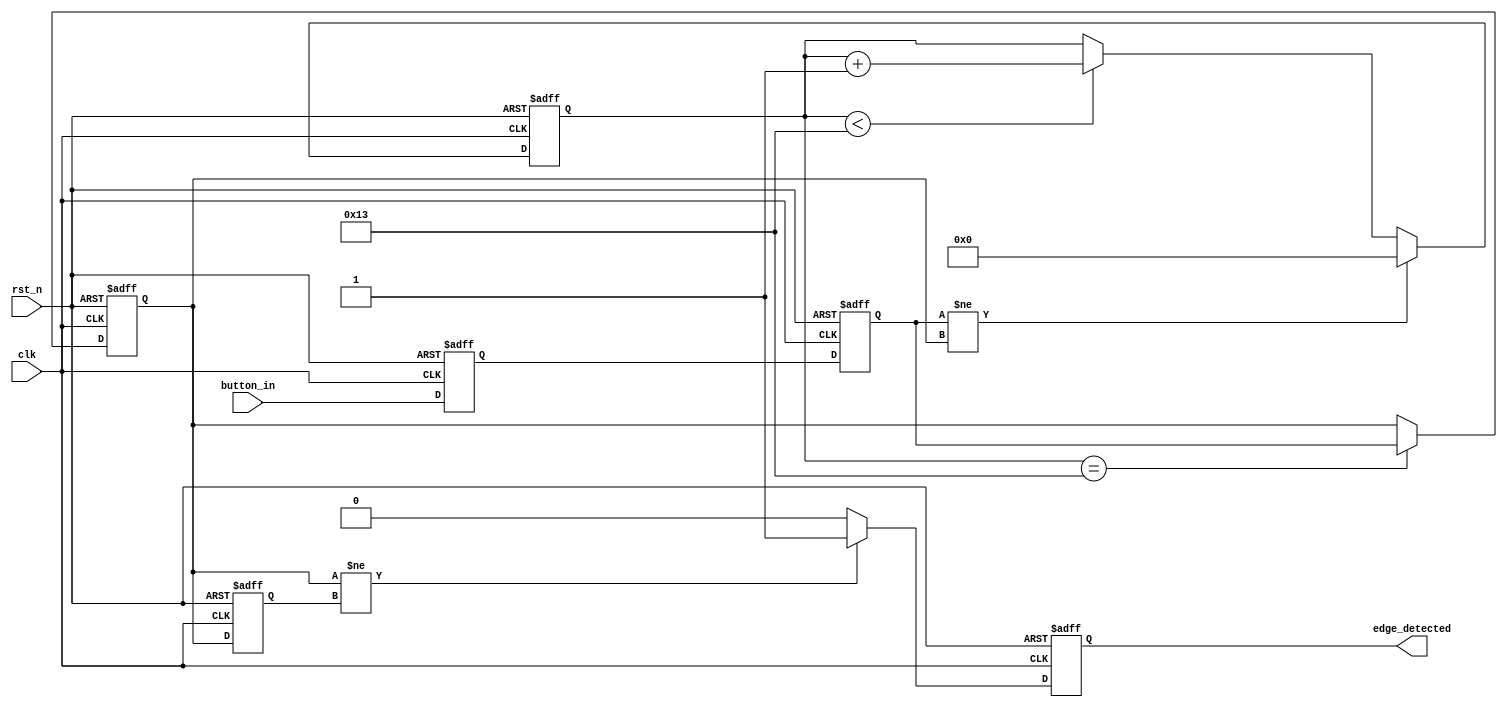
module DebouncedEdgeDetector (
    input wire clk,               // Clock input
    input wire rst_n,             // Active low reset
    input wire button_in,         // Input signal (button)
    output reg edge_detected      // Output signal (edge detected)
);

    // Parameters
    parameter DEBOUNCE_TIME = 20; // Adjust this value based on the clock frequency
    parameter DEBOUNCE_COUNT_MAX = DEBOUNCE_TIME - 1;

    // State registers
    reg button_sync_0;            // Synchronized button signal
    reg button_sync_1;            // Second stage of synchronization
    reg [4:0] debounce_counter;    // Counter for debounce time
    reg button_stable;            // Debounced button state
    reg button_stable_prev;       // Previous stable state of the button

    // Edge detection logic
    always @(posedge clk or negedge rst_n) begin
        if (!rst_n) begin
            button_sync_0 <= 1'b0;
            button_sync_1 <= 1'b0;
            debounce_counter <= 0;
            button_stable <= 1'b0;
            button_stable_prev <= 1'b0;
            edge_detected <= 1'b0;
        end else begin
            // Synchronize the input signal
            button_sync_0 <= button_in;
            button_sync_1 <= button_sync_0;

            // Check if the button state has changed
            if (button_sync_1 != button_stable) begin
                // Reset the debounce counter if the state has changed
                debounce_counter <= 0;
            end else if (debounce_counter < DEBOUNCE_COUNT_MAX) begin
                // Increment the debounce counter if the state is stable
                debounce_counter <= debounce_counter + 1;
            end

            // Update the stable button state if the debounce counter has reached the limit
            if (debounce_counter == DEBOUNCE_COUNT_MAX) begin
                button_stable <= button_sync_1;
            end

            // Edge detection logic
            if (button_stable != button_stable_prev) begin
                edge_detected <= 1'b1; // Edge detected
            end else begin
                edge_detected <= 1'b0; // No edge detected
            end

            // Update the previous stable state
            button_stable_prev <= button_stable;
        end
    end
endmodule